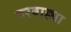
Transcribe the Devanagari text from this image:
बरबाह्या